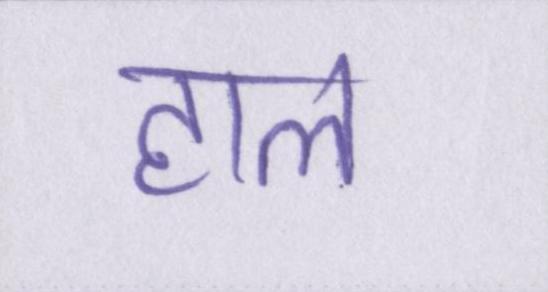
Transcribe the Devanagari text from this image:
हाल